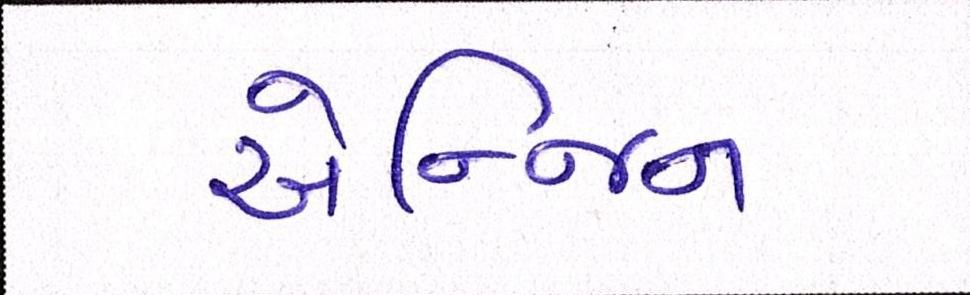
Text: એન્જિન